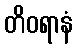
တိဝရာနံ